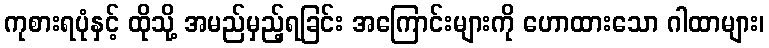
ကုစားရပုံနှင့် ထိုသို့ အမည်မှည့်ရခြင်း အကြောင်းများကို ဟောထားသော ဂါထာများ၊